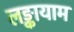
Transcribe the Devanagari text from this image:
लङ्कायाम